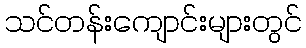
သင်တန်းကျောင်းများတွင်